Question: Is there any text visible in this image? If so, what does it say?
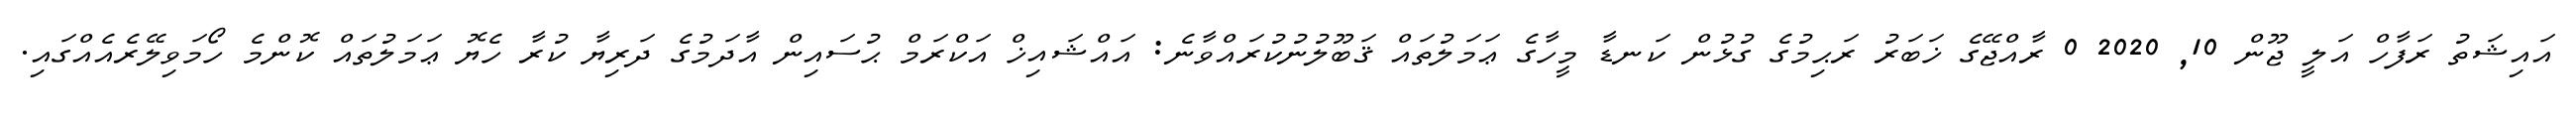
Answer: އައިޝަތު ރަފާހް އަލީ ޖޫން 10, 2020 0 ރާއްޖޭގެ ޚަބަރު ރަޙިމުގެ ގުޅުން ކަނޑާ މީހާގެ ޢަމަލުތައް ޤަބޫލުނުކުރައްވާނެ: އައްޝައިޚް އަކްރަމް ޙުސައިން އާދަމުގެ ދަރިޔާ ކުރާ ހެޔޮ ޢަމަލުތައް ކޮންމެ ހޯމަވިލޭރެއެއްގައި.